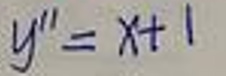
\[y'' = x + 1\]